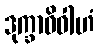
ဒုက္ခာဓိဝါဟံ